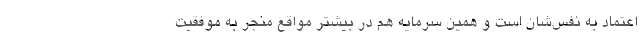
اعتماد به نفس‌شان است و همین سرمایه هم در بیشتر مواقع منجر به موفقیت